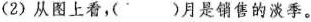
(2)从图上看，)月是销售的淡季。